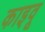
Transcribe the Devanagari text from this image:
काइवू